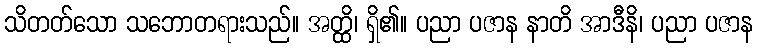
သိတတ်သော သဘောတရားသည်။ အတ္ထိ၊ ရှိ၏။ ပညာ ပဇာန နာတိ အာဒီနိ၊ ပညာ ပဇာန